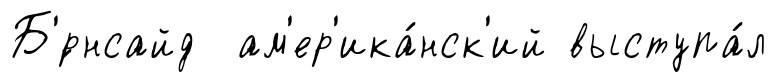
Б'́рнсайд ам'ер'ика́нск'ий выступа́л